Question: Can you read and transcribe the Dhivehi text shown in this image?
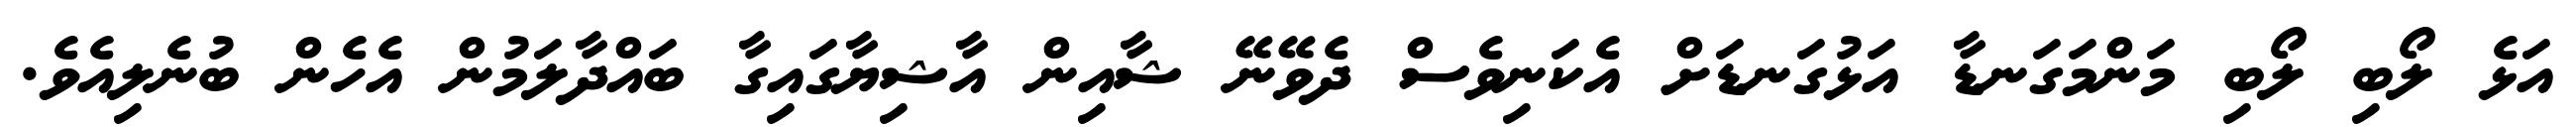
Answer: އަޅެ ލޯބި ލޯބި މަންމަގަނޑާ އަޅުގަނޑަށް އެކަނިވެސް ދެވޭނޭ ޝާއިން އާޝިޔާގައިގާ ބައްދާލަމުން އެހެން ބުނެލިއެވެ.